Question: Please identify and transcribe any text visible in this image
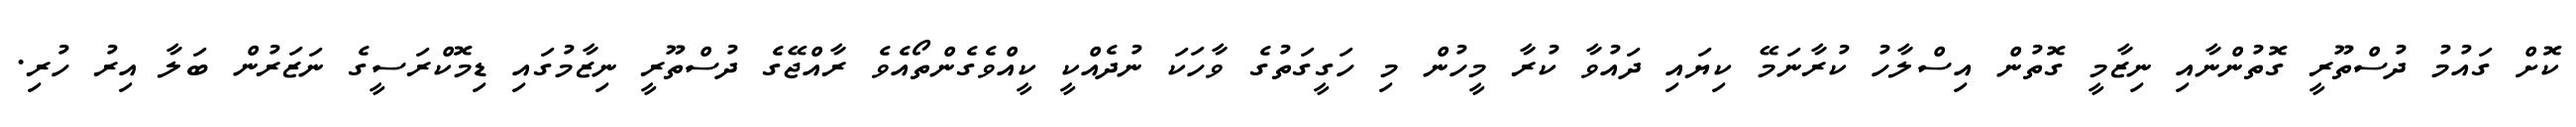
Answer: ކޮށް ގައުމު ދުސްތޫރީ ގޮތުންނާއި ނިޒާމީ ގޮތުން އިސްލާހު ކުރާނަމޭ ކިޔައި ދައުވާ ކުރާ މީހުން މި ހަގީގަތުގެ ވާހަކަ ނުދެއްކީ ކީއްވެގެންތޯއެވެ ރާއްޖޭގެ ދުސްތޫރީ ނިޒާމުގައި ޑިމޮކްރަސީގެ ނަޒަރުން ބަލާ އިރު ހުރި.